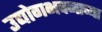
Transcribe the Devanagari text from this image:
उद्योगभवनाच्या